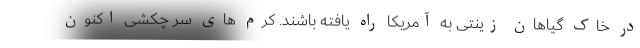
در خاک گیاهان زینتی به آمریکا راه یافته باشند. کرم های سر چکشی اکنون